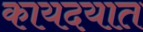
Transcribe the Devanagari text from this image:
कायदयात